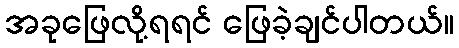
အခုဖြေလို့ရရင် ဖြေခဲ့ချင်ပါတယ်။